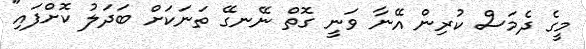
މީގެ ދެމަސް ކުރިން އޭނާ ވަނީ ގޮތް ނޭނގޭ ތަނަކަށް ބަދަލު ކޮށްފައި"